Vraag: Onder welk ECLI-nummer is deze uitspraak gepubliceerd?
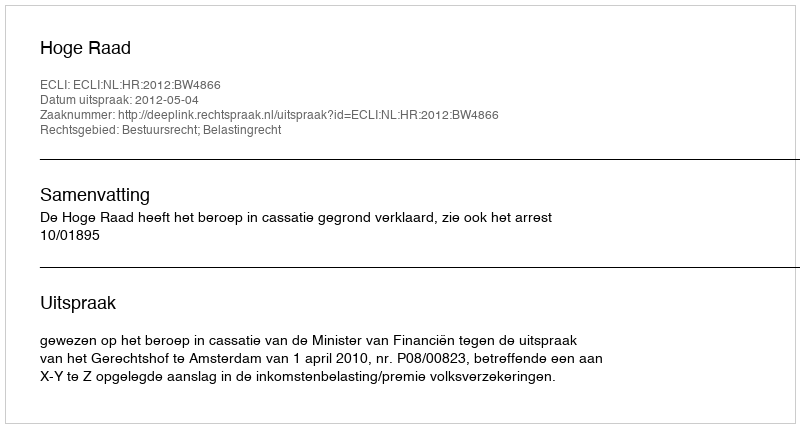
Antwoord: ECLI:NL:HR:2012:BW4866